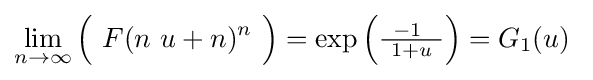
\lim _{n\to \infty }{\Bigl (}\ F(n\ u+n)^{n}\ {\Bigr )}=\exp \left({\tfrac {-1~}{\ 1+u\ }}\right)=G_{1}(u)\